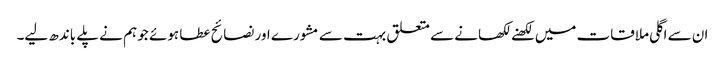
ان سے اگلی ملاقات میں لکھنے لکھانے سے متعلق بہت سے مشورے اور نصائح عطا ہوئے جو ہم نے پلے باندھ لیے۔